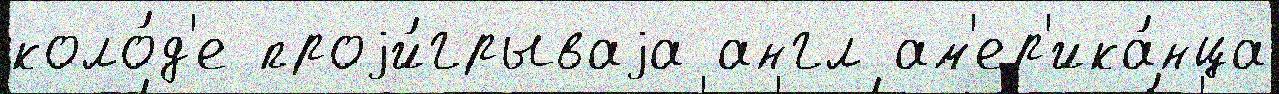
коло́д'е проjи́грываjа англ ам'ер'ика́нца